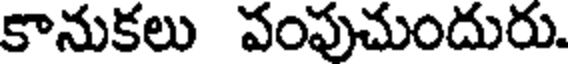
కానుకలు పంపుచుందురు.